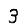
Digit: 3